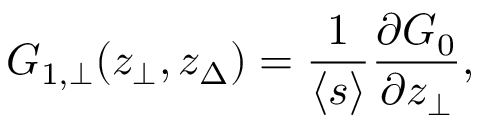
G _ { 1 , \bot } ( z _ { \bot } , z _ { \Delta } ) = \frac { 1 } { \langle s \rangle } \frac { \partial G _ { 0 } } { \partial z _ { \bot } } ,